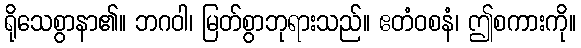
ရိုသေစွာနာ၏။ ဘဂဝါ၊ မြတ်စွာဘုရားသည်။ ဧတံဝစနံ၊ ဤစကားကို။